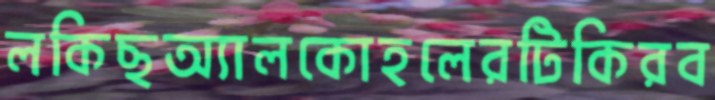
লকিছঅ্যালকোহলেরটিকিরব